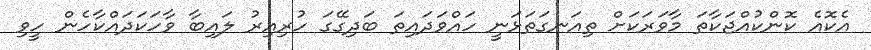
އެކޮއެ ކޮންކުއްޖަކާތަ މާވަރަކަށް ތިއަނގަތަޅަނީ ހައްވަދައިތަ ބަދިގޭގަ ހުރިއިރު ލައިބާ ވާހަކަދައްކާހެން ހީވި